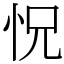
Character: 怳